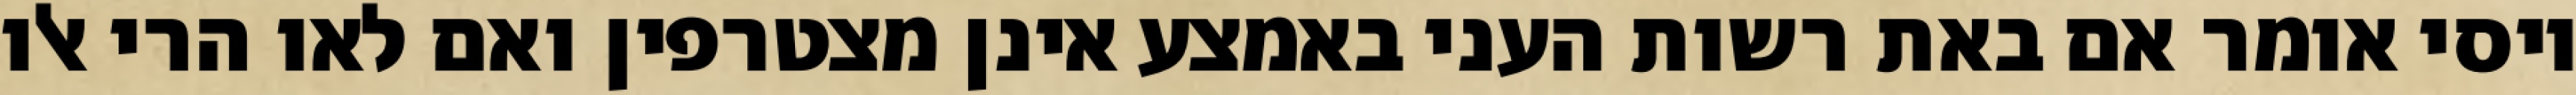
יוסי אומר אם באת רשות העני באמצע אינן מצטרפין ואם לאו הרי אלו